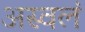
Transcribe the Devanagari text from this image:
अस्वलं